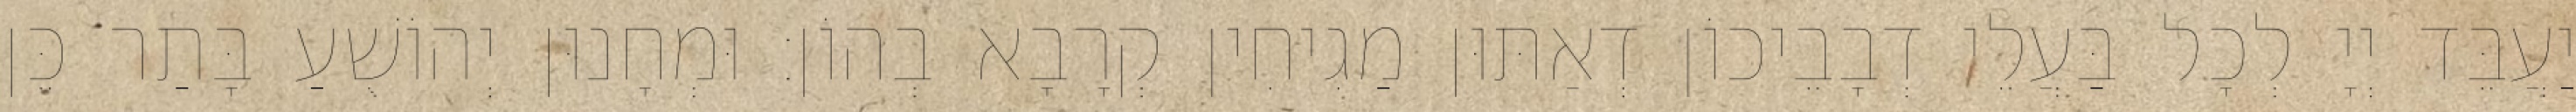
יַעֲבֵּד יְיָ לְכָל בַּעֲלֵי דְבָבֵיכוֹן דְאַתּוּן מַגִיחִין קְרָבָא בְהוֹן׃ וּמְחָנוּן יְהוֹשֻׁעַ בָּתַר כֵּן